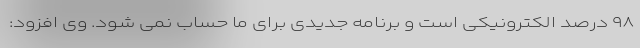
۹۸ درصد الکترونیکی است و برنامه جدیدی برای ما حساب نمی شود. وی افزود: